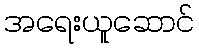
အရေးယူဆောင်